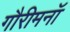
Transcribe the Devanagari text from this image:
गौरीमनॉ